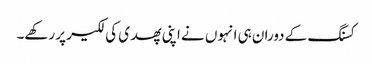
کسنگ کے دوران ہی انہوں نے اپنی پھدی کی لکیر پر رکھے۔